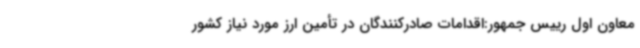
معاون اول رییس جمهور:اقدامات صادرکنندگان در تأمین ارز مورد نیاز کشور